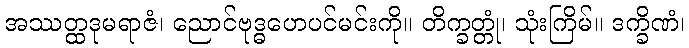
အဿတ္ထဒုမရာဇံ၊ ညောင်ဗုဒ္ဓဟေပင်မင်းကို။ တိက္ခတ္တုံ၊ သုံးကြိမ်။ ဒက္ခိဏံ၊